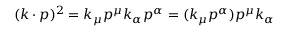
( k \cdot p ) ^ { 2 } = k _ { \mu } p ^ { \mu } k _ { \alpha } p ^ { \alpha } = ( k _ { \mu } p ^ { \alpha } ) p ^ { \mu } k _ { \alpha }